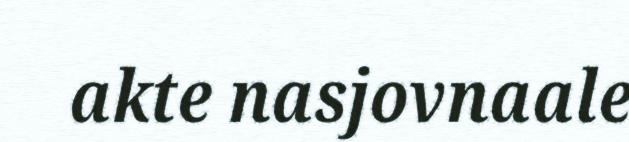
akte nasjovnaale